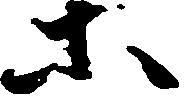
等